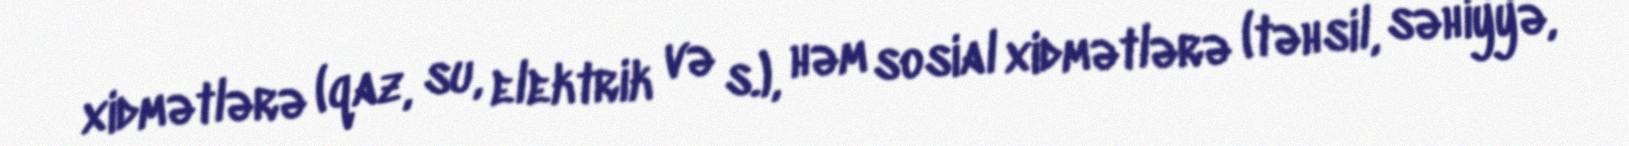
xidmətlərə (qaz, su, elektrik və s.), həm sosial xidmətlərə (təhsil, səhiyyə,